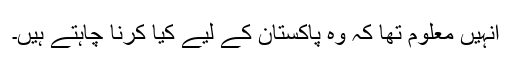
انہیں معلوم تھا کہ وہ پاکستان کے لیے کیا کرنا چاہتے ہیں۔